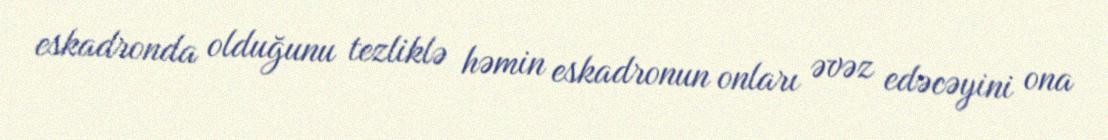
eskadronda olduğunu tezliklə həmin eskadronun onları əvəz edəcəyini ona